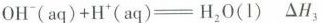
$$O H ^ { - } ( a q ) + H ^ { + } ( a q ) = H _ { 2 } O ( l )$$ △H_{3}